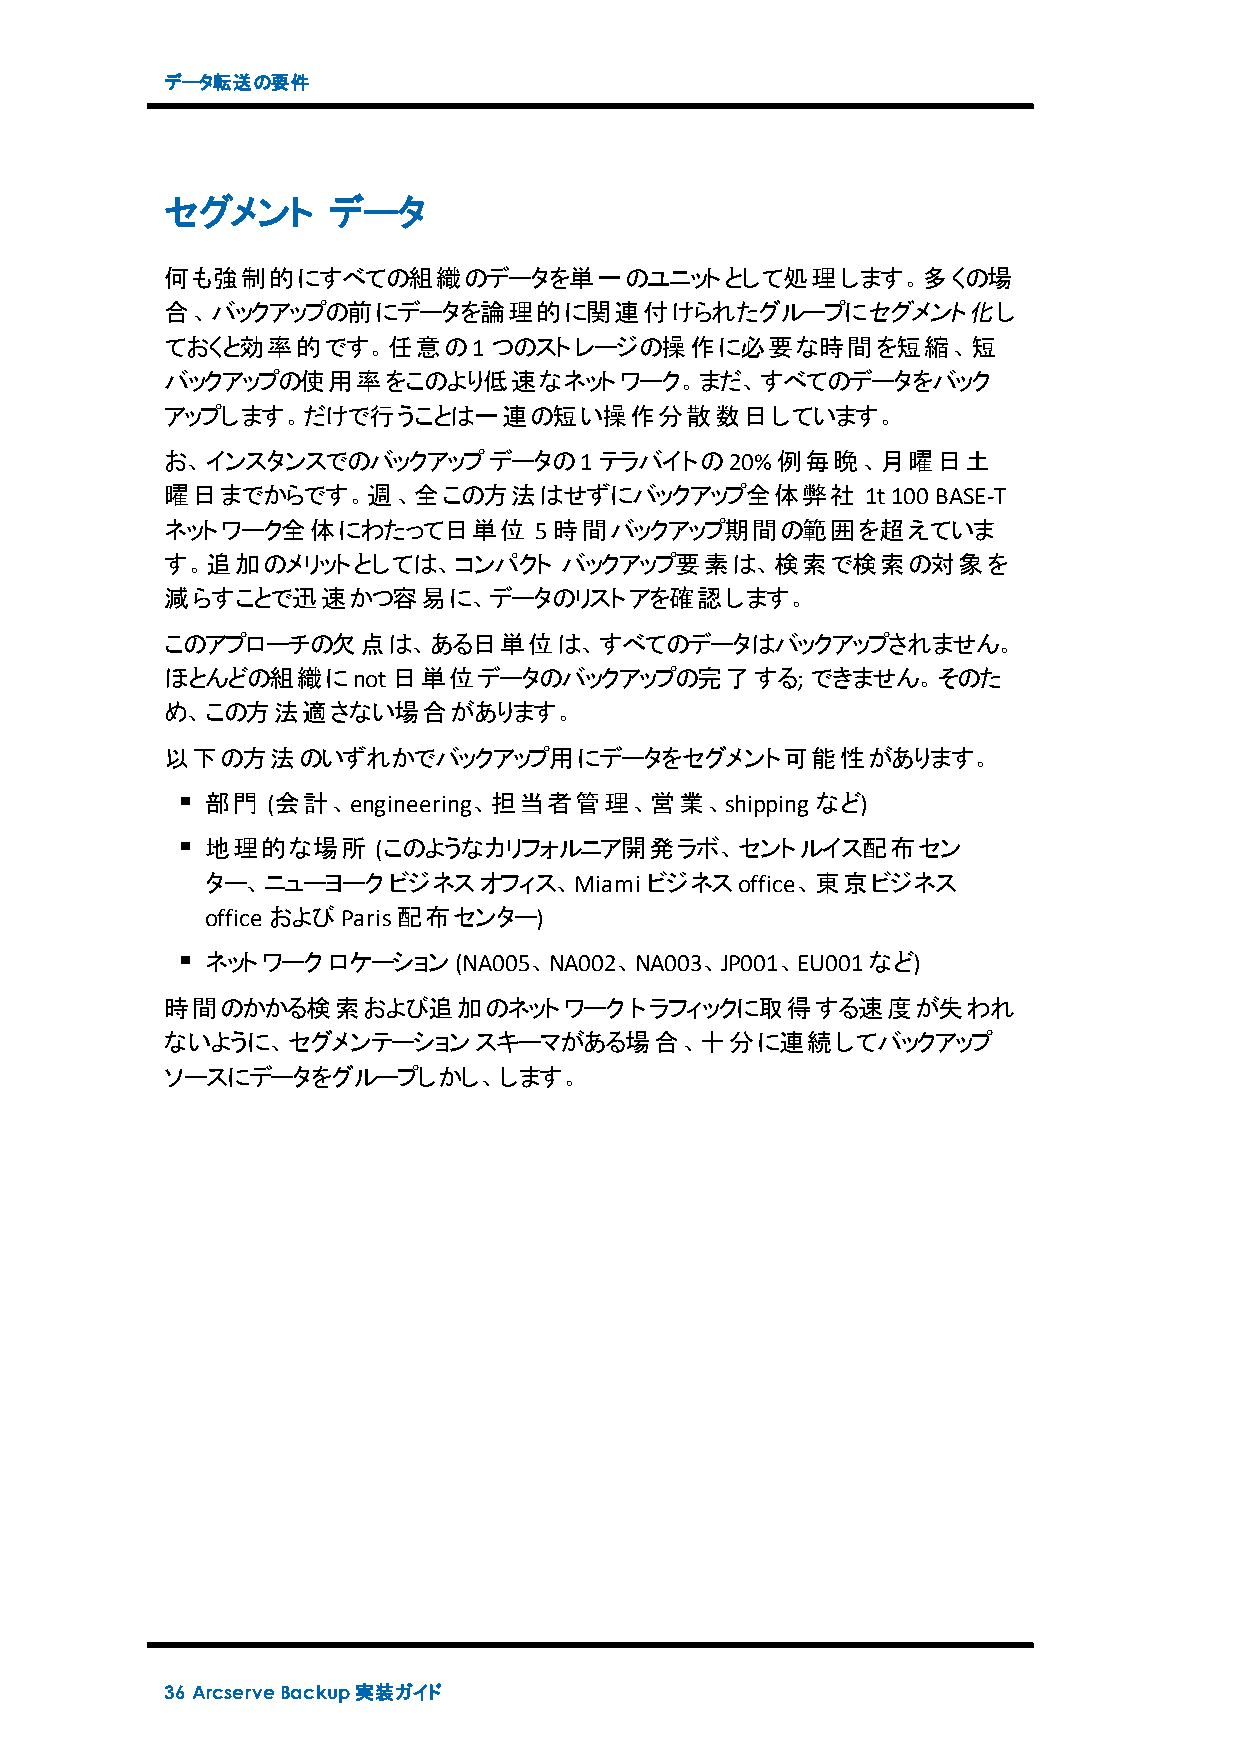
データ転送の要件
 セグメント      データ
 何も強制的にすべての組織のデータを単一のユニットとして処理します。多くの場
 合、バックアップの前にデータを論理的に関連付けられたグループにセグメント化し
 ておくと効率的です。任意の1つのストレージの操作に必要な時間を短縮、短
 バックアップの使用率をこのより低速なネットワーク。まだ、すべてのデータをバック
 アップします。だけで行うことは一連の短い操作分散数日しています。
 お、インスタンスでのバックアップデータの1テラバイトの20%例毎晩、月曜日土
 曜日までからです。週、全この方法はせずにバックアップ全体弊社                1t100BASE-T
 ネットワーク全体にわたって日単位        5時間バックアップ期間の範囲を超えていま
 す。追加のメリットとしては、コンパクト       バックアップ要素は、検索で検索の対象を
 減らすことで迅速かつ容易に、データのリストアを確認します。
 このアプローチの欠点は、ある日単位は、すべてのデータはバックアップされません。
 ほとんどの組織にnot日単位データのバックアップの完了する;できません。そのた
 め、この方法適さない場合があります。
 以下の方法のいずれかでバックアップ用にデータをセグメント可能性があります。
 部門  (会計、engineering、担当者管理、営業、shipping   など)
 地理的な場所     (このようなカリフォルニア開発ラボ、セントルイス配布セン
 ター、ニューヨークビジネスオフィス、Miami      ビジネスoffice、東京ビジネス
 office およびParis配布センター)
 ネットワークロケーション(NA005、NA002、NA003、JP001、EU001など)
 時間のかかる検索および追加のネットワークトラフィックに取得する速度が失われ
 ないように、セグメンテーションスキーマがある場合、十分に連続してバックアップ
 ソースにデータをグループしかし、します。
 36 ArcserveBackup実装ガイド